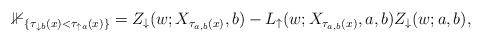
LaTeX: \begin{align*}\mathbb{1}_{\{\tau_{\downarrow b}(x)<\tau_{\uparrow a}(x)\}}=Z_\downarrow(w;X_{\tau_{a,b}(x)},b)-L_{\uparrow}(w;X_{\tau_{a,b}(x)},a,b)Z_\downarrow(w;a,b),\end{align*}